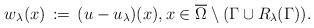
LaTeX: \begin{align*}w_\lambda(x)\,:=\,(u-u_\lambda)(x),x\in \overline\Omega\setminus (\Gamma\cup R_\lambda(\Gamma)).\end{align*}